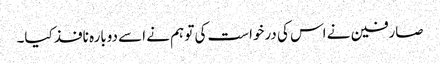
صارفین نے اس کی درخواست کی تو ہم نے اسے دوبارہ نافذ کیا۔